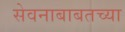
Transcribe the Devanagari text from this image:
सेवनाबाबतच्या